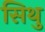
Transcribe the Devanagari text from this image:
सिथु